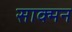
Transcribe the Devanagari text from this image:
साक्मन